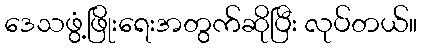
ဒေသဖွံ့ဖြိုးရေးအတွက်ဆိုပြီး လုပ်တယ်။